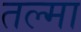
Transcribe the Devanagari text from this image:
तल्मा